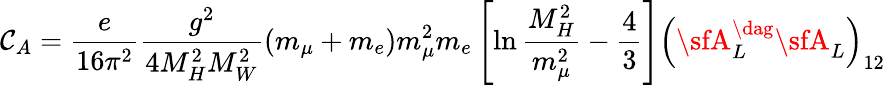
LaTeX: \mathcal{C}_{A}=\frac{{e}}{{16\pi^{2}}}\frac{{g^{2}}}{{4M_{H}^{2}M_{W}^{2}}}\left(m_{\mu}+m_{e}\right)m_{\mu}^{2}m_{e}\left[\ln\frac{{M_{H}^{2}}}{{m_{\mu}^{2}}}-\frac{{4}}{{3}}\right]\left({\sfA}_{L}^{\dag}{\sfA}_{L}\right)_{12}